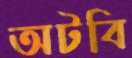
অটবি